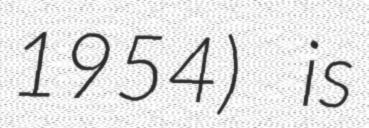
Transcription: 1954) is